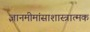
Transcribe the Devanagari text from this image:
ज्ञानमीमांसाशास्त्रात्मक